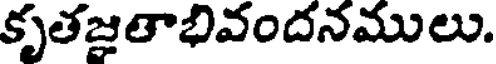
కృతజ్రతాభివందనములు.